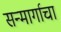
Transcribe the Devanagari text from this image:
सन्मार्गाचा